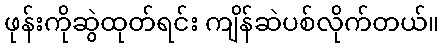
ဖုန်းကိုဆွဲထုတ်ရင်း ကျိန်ဆဲပစ်လိုက်တယ်။